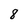
Character: 8